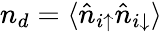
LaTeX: n_{d}=\langle\hat{n}_{i\uparrow}\hat{n}_{i\downarrow}\rangle